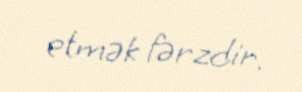
etmək fərzdir.